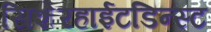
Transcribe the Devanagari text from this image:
सिशेरहाईटडिन्स्ट